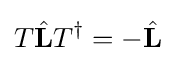
T{\hat {\mathbf {L} }}T^{\dagger }=-{\hat {\mathbf {L} }}